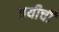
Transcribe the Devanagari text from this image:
त्रयीची